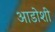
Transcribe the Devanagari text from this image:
आडोशी